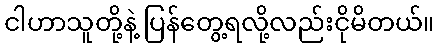
ငါဟာသူတို့နဲ့ ပြန်တွေ့ရလို့လည်းငိုမိတယ်။